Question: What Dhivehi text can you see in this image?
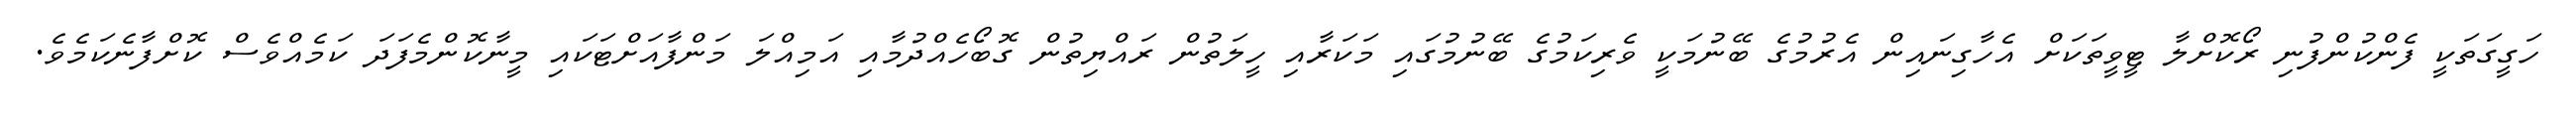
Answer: ހަގީގަތަކީ ފެންކުންފުނި ރޯކޮށްލާ ޓީވީތަކަށް އެހާގިނައިން އެރުމުގެ ބޭނުމަކީ ވެރިކަމުގެ ބޭނުމުގައި މަކަރާއި ހީލަތުން ރައްޔިތުން ގޮބޯހެއްދުމާއި އަމިއްލަ މަންފާއަށްޓަކައި މީނާކޮންމެފަދަ ކަމެއްވެސް ކޮށްފާނެކަމެވެ.